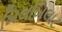
ખિલખિલાટ